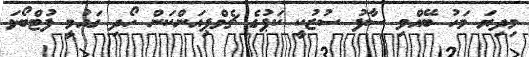
މިދިޔަ މަހު ބޭއްވި ސާފު ސުޒުކީ ކަޕުގެ ޗެމްޕިއަންކަން ހޯދި ގައުމީ ފުޓްބޯޅަ